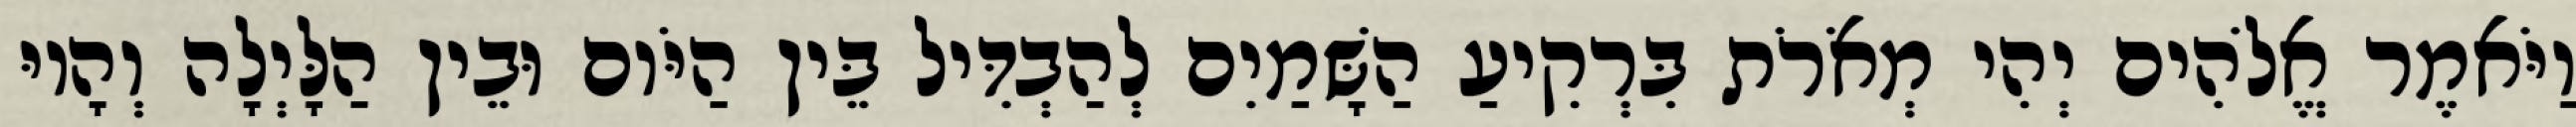
וַיֹּאמֶר אֱלֹהִים יְהִי מְאֹרֹת בִּרְקִיעַ הַשָּׁמַיִם לְהַבְדִּיל בֵּין הַיֹּום וּבֵין הַלָּיְלָה וְהָיוּ